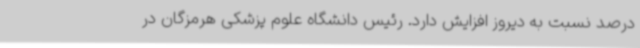
درصد نسبت به دیروز افزایش دارد. رئیس دانشگاه علوم پزشکی هرمزگان در